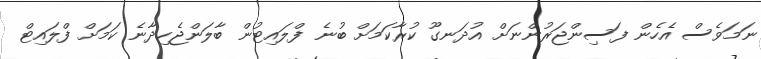
ނަމަވެސް އެހެން ފަސިންޖަރުންނަށް އުދަނގޫ ކުރާކަމަށް ބުނެ ފްލައިޓުން ބާލަންޖެހިދާނެ ކަމަށް ފްލައިޓް